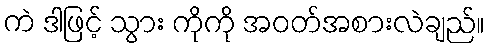
ကဲ ဒါဖြင့် သွား ကိုကို အဝတ်အစားလဲချည်။